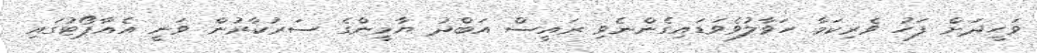
ވަހީދަށް ފަހު ވެރިކަމާ ހަވާލުވެވަޑައިގެންނެވި ރައީސް އަބްދު ޔާމީންގެ ސަރުކާރުން ވަނީ އެއާޕޯޓުގައި